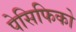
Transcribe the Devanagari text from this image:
पेसिफिको